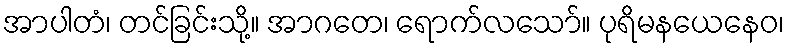
အာပါတံ၊ တင်ခြင်းသို့။ အာဂတေ၊ ရောက်လသော်။ ပုရိမနယေနေဝ၊